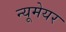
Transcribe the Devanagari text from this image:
न्यूमेयर